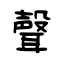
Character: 聲